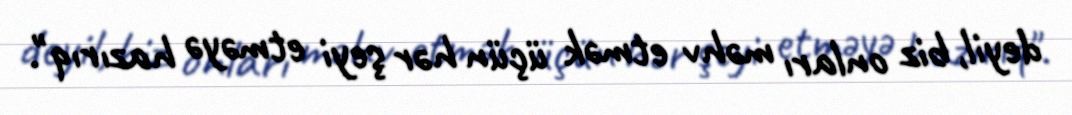
deyil, biz onları məhv etmək üçün hər şeyi etməyə hazırıq".